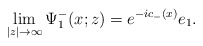
\begin{align*}\lim_{|z|\rightarrow\infty}\Psi^-_1(x;z)=e^{-ic_-(x)}e_1. \end{align*}